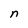
Character: n